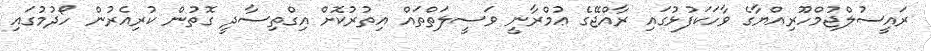
ރައީސުލްޖުމްހޫރިއްޔާގެ ވާހަކަފުޅުގައި ރާއްޖޭގެ ޢުމްރާނީ ވަސީލަތްތައް އިތުރުކޮށް އިގްތިސާދީ ގޮތުން ކުރިއެރުން ހޯދުމުގައި